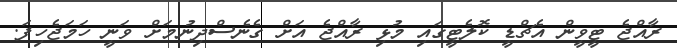
ރާއްޖެ ޓީވީން އެޗްޑީ ކޮލެޓީގައި މުޅި ރާއްޖެ އަށް ގެނެސްދިނުމަށް ވަނީ ހަމަޖެހިފަ.